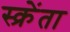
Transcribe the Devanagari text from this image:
स्क्रेंता